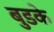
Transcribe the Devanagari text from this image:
बुडके